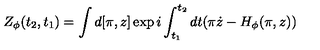
Z _ { \phi } ( t _ { 2 } , t _ { 1 } ) = \int d [ \pi , z ] \exp i \int _ { t _ { 1 } } ^ { t _ { 2 } } d t ( \pi \dot { z } - H _ { \phi } ( \pi , z ) )